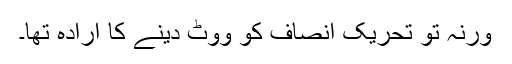
ورنہ تو تحریک انصاف کو ووٹ دینے کا ارادہ تھا۔